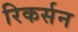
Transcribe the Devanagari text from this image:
रिकर्सन